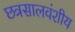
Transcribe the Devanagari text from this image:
छत्रसालवंशीय